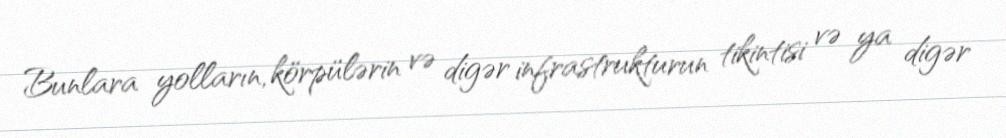
Bunlara yolların, körpülərin və digər infrastrukturun tikintisi və ya digər